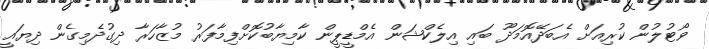
ވޯޓުލުން ކުރިއަށް އެބަދޭއޮމަދޫ ބައި އިލެކްޝަން އެމްޑީޕީން ކާމިޔާބުކޮށްފިމާފަރު މުޒާހަރާ ދިގުދެމިގެން ދިޔައީ